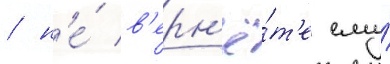
/ н'е́ в'ерн'ё́т'е ему́